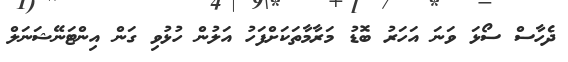
ދެހާސް ސޯޅަ ވަނަ އަހަރު ބޮޑު މަރާމާތަކަށްފަހު އަލުން ހުޅުވި ގަން އިންޓަނޭޝަނަލް